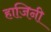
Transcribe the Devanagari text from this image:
हाजिनी